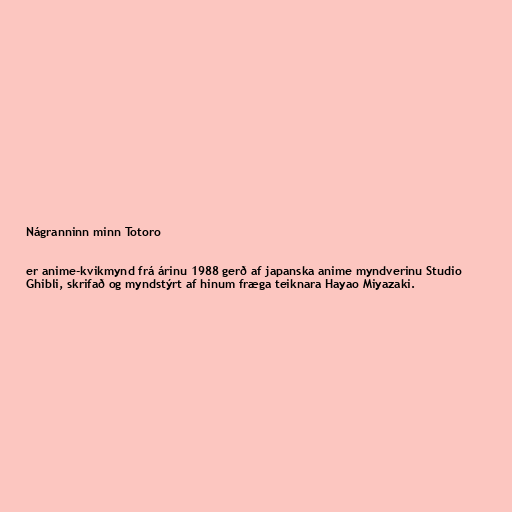
Nágranninn minn Totoro

er anime-kvikmynd frá árinu 1988 gerð af japanska anime myndverinu Studio
Ghibli, skrifað og myndstýrt af hinum fræga teiknara Hayao Miyazaki.